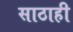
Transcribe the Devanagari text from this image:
साठाही